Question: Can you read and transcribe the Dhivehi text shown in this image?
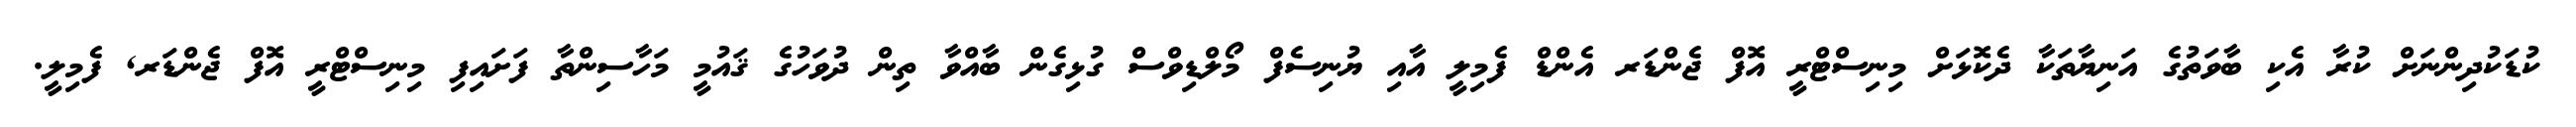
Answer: ކުޑަކުދިންނަށް ކުރާ އެކި ބާވަތުގެ އަނިޔާތަކާ ދެކޮޅަށް މިނިސްޓްރީ އޮފް ޖެންޑަރ އެންޑް ފެމިލީ އާއި ޔުނިސެފް މޯލްޑިވްސް ގުޅިގެން ބާއްވާ ތިން ދުވަހުގެ ޤައުމީ މަހާސިންތާ ފަށައިފި މިނިސްޓްރީ އޮފް ޖެންޑަރ, ފެމިލީ.